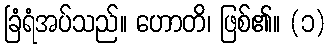
ခြံရံအပ်သည်။ ဟောတိ၊ ဖြစ်၏။ (၁)